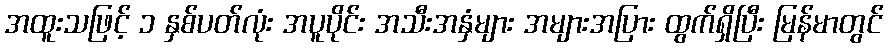
အထူးသဖြင့် ၁ နှစ်ပတ်လုံး အပူပိုင်း အသီးအနှံများ အများအပြား ထွက်ရှိပြီး မြန်မာတွင်